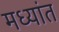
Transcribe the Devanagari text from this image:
मध्यांत